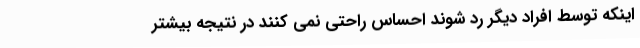
اینکه توسط افراد دیگر رد شوند احساس راحتی نمی کنند در نتیجه بیشتر